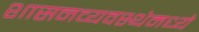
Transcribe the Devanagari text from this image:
शासनव्यवस्थेमध्ये